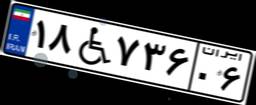
۱۸W۷۳۶۰۶